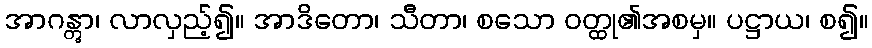
အာဂန္တွာ၊ လာလှည့်၍။ အာဒိတော၊ သီတာ၊ စသော ဝတ္ထု၏အစမှ။ ပဋ္ဌာယ၊ စ၍။